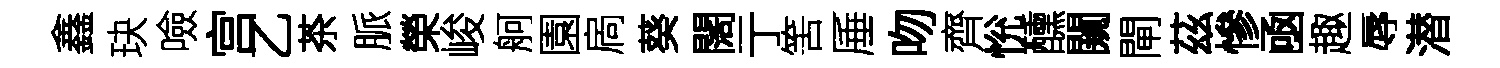
鑫玦噞宫乙茶脈榮峻舸園扄葵闊亍筈厜吻齊恱醺闚閘茲慘凾趣辱潜